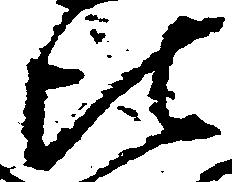
比